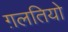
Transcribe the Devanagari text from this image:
ग़लतियो